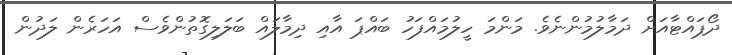
ދޯޕައްޓާއަށް ދަމާލުމުންނެވެ. މަންމަ ހީލުމައްފަހު ބައްޕަ އާއި ދިމާލައް ބަލަލިގޮތުންވެސް އަހަރެން ލަދުން